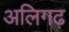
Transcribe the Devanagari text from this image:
अलिगढ़